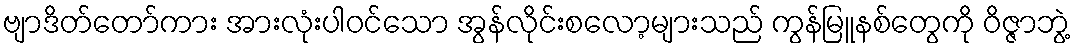
ဗျာဒိတ်တော်ကား အားလုံးပါ၀င်သော အွန်လိုင်းစလော့များသည် ကွန်မြူနစ်တွေကို ဝိဇ္ဇာဘွဲ့